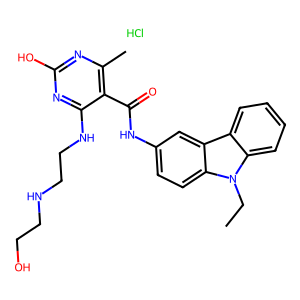
SMILES: CCn1c2ccccc2c2cc(NC(=O)c3c(C)nc(O)nc3NCCNCCO)ccc21.Cl
Inhibits HIV replication: No